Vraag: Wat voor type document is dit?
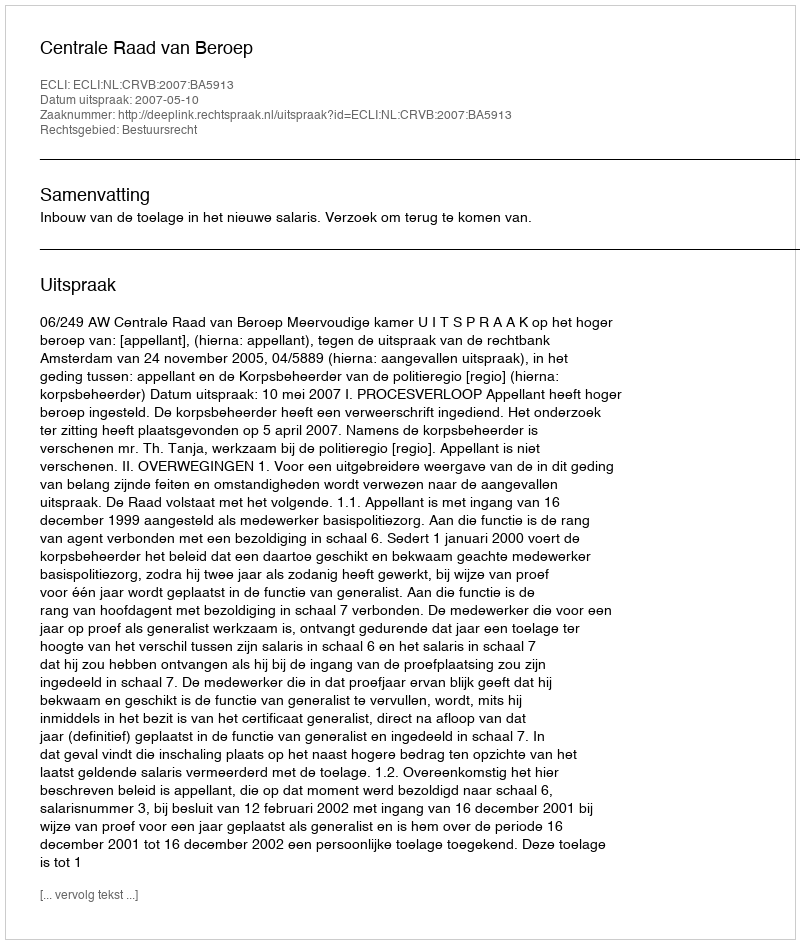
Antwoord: Uitspraak